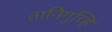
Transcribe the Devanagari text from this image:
तानिगुच्हि